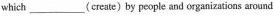
which ___ (ereate)by people and organizaticas around the world. 10. There was once a Chinese man in the USA who (accuse)ater he used a certain form of TCM treatment to cure his grandson's disease.